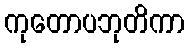
ကုတောပဘုတိကာ